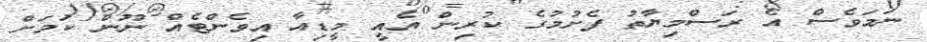
ނަމަވެސް އެ ރަސްމިޔާތު ފެށުމުގެ ކުރިން އެއީ މީޑިއާ އިވެންޓެއް ނޫން ކަމަށް